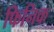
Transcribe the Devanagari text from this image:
फिनिक